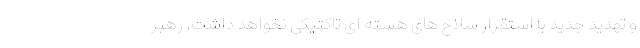
و تهدید جدید با استقرار سلاح های هسته ای تاکتیکی نخواهد داشت. رهبر